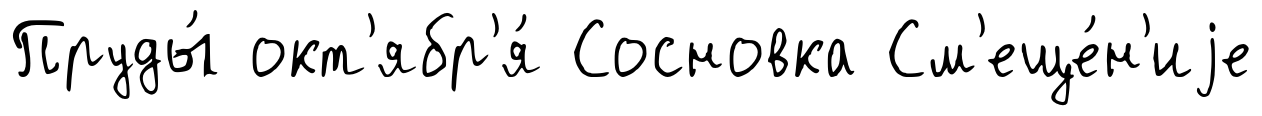
Пруды́ окт'ябр'я́ Сосновка См'еще́н'иjе